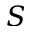
S